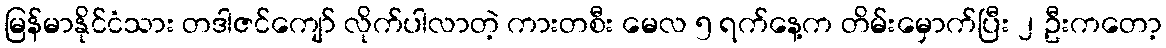
မြန်မာနိုင်ငံသား တဒါဇင်ကျော် လိုက်ပါလာတဲ့ ကားတစီး မေလ ၅ ရက်နေ့က တိမ်းမှောက်ပြီး ၂ ဦးကတော့